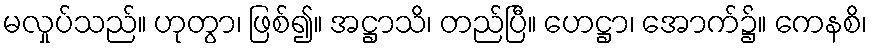
မလှုပ်သည်။ ဟုတွာ၊ ဖြစ်၍။ အဋ္ဌာသိ၊ တည်ပြီ။ ဟေဋ္ဌာ၊ အောက်၌။ ကေနစိ၊